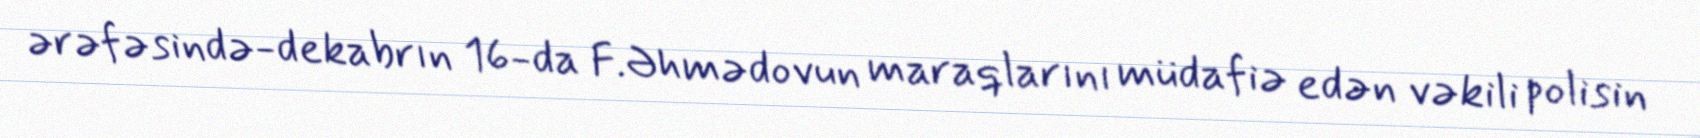
ərəfəsində-dekabrın 16-da F.Əhmədovun maraqlarını müdafiə edən vəkili polisin